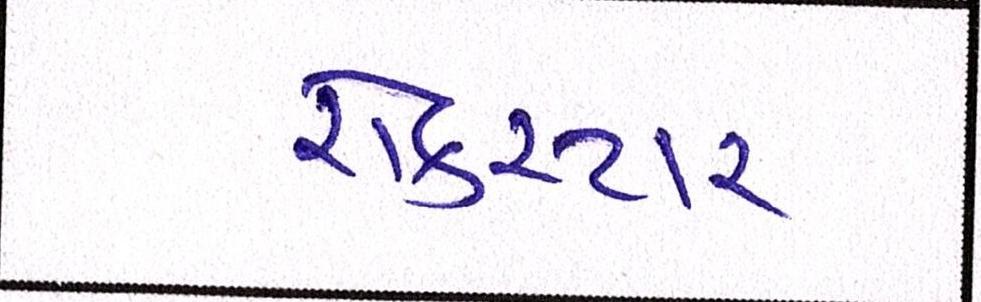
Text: રોકસ્ટાર